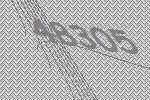
48305